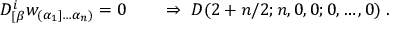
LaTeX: D _ { [ \beta } ^ { i } w _ { ( \alpha _ { 1 } ] \ldots \alpha _ { n } ) } = 0 \qquad \Rightarrow \ { \cal D } ( 2 + n / 2 ; n , 0 , 0 ; 0 , \ldots , 0 ) \; .